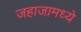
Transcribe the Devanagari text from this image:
जहाजामध्ये